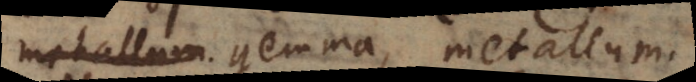
metallum gemma, metallum.